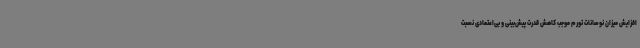
افزایش میزان نوسانات تورم موجب کاهش قدرت پیش‌بینی و بی‌اعتمادی نسبت